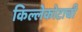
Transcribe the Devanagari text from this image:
किल्लेकोटाची